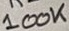
Text: 100K